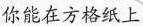
你能在方格纸上